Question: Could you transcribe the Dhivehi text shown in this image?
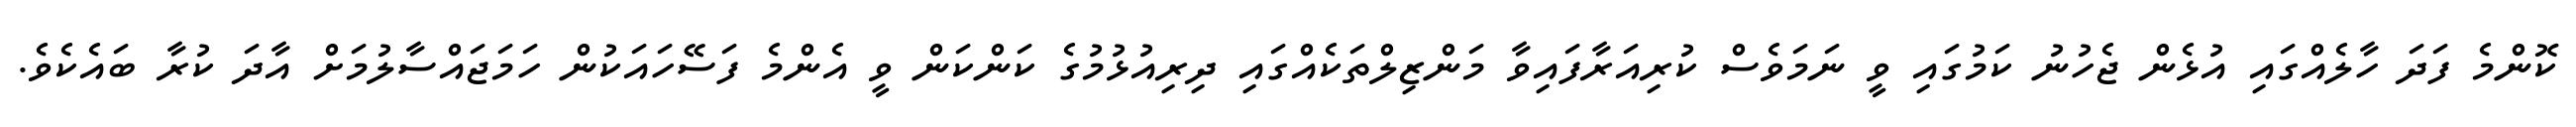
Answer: ކޮންމެ ފަދަ ހާލެއްގައި އުޅެން ޖެހުނު ކަމުގައި ވީ ނަމަވެސް ކުރިއަރާފައިވާ މަންޒިލްތަކެއްގައި ދިރިއުޅުމުގެ ކަންކަން ވީ އެންމެ ފަސޭހައަކުން ހަމަޖައްސާލުމަށް އާދަ ކުރާ ބައެކެވެ.